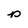
Character: p